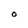
Character: O